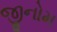
જીનોમ